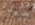
حميد